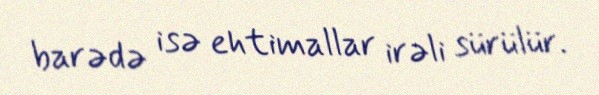
barədə isə ehtimallar irəli sürülür.